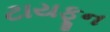
ટાયફૂન